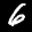
Label: 6